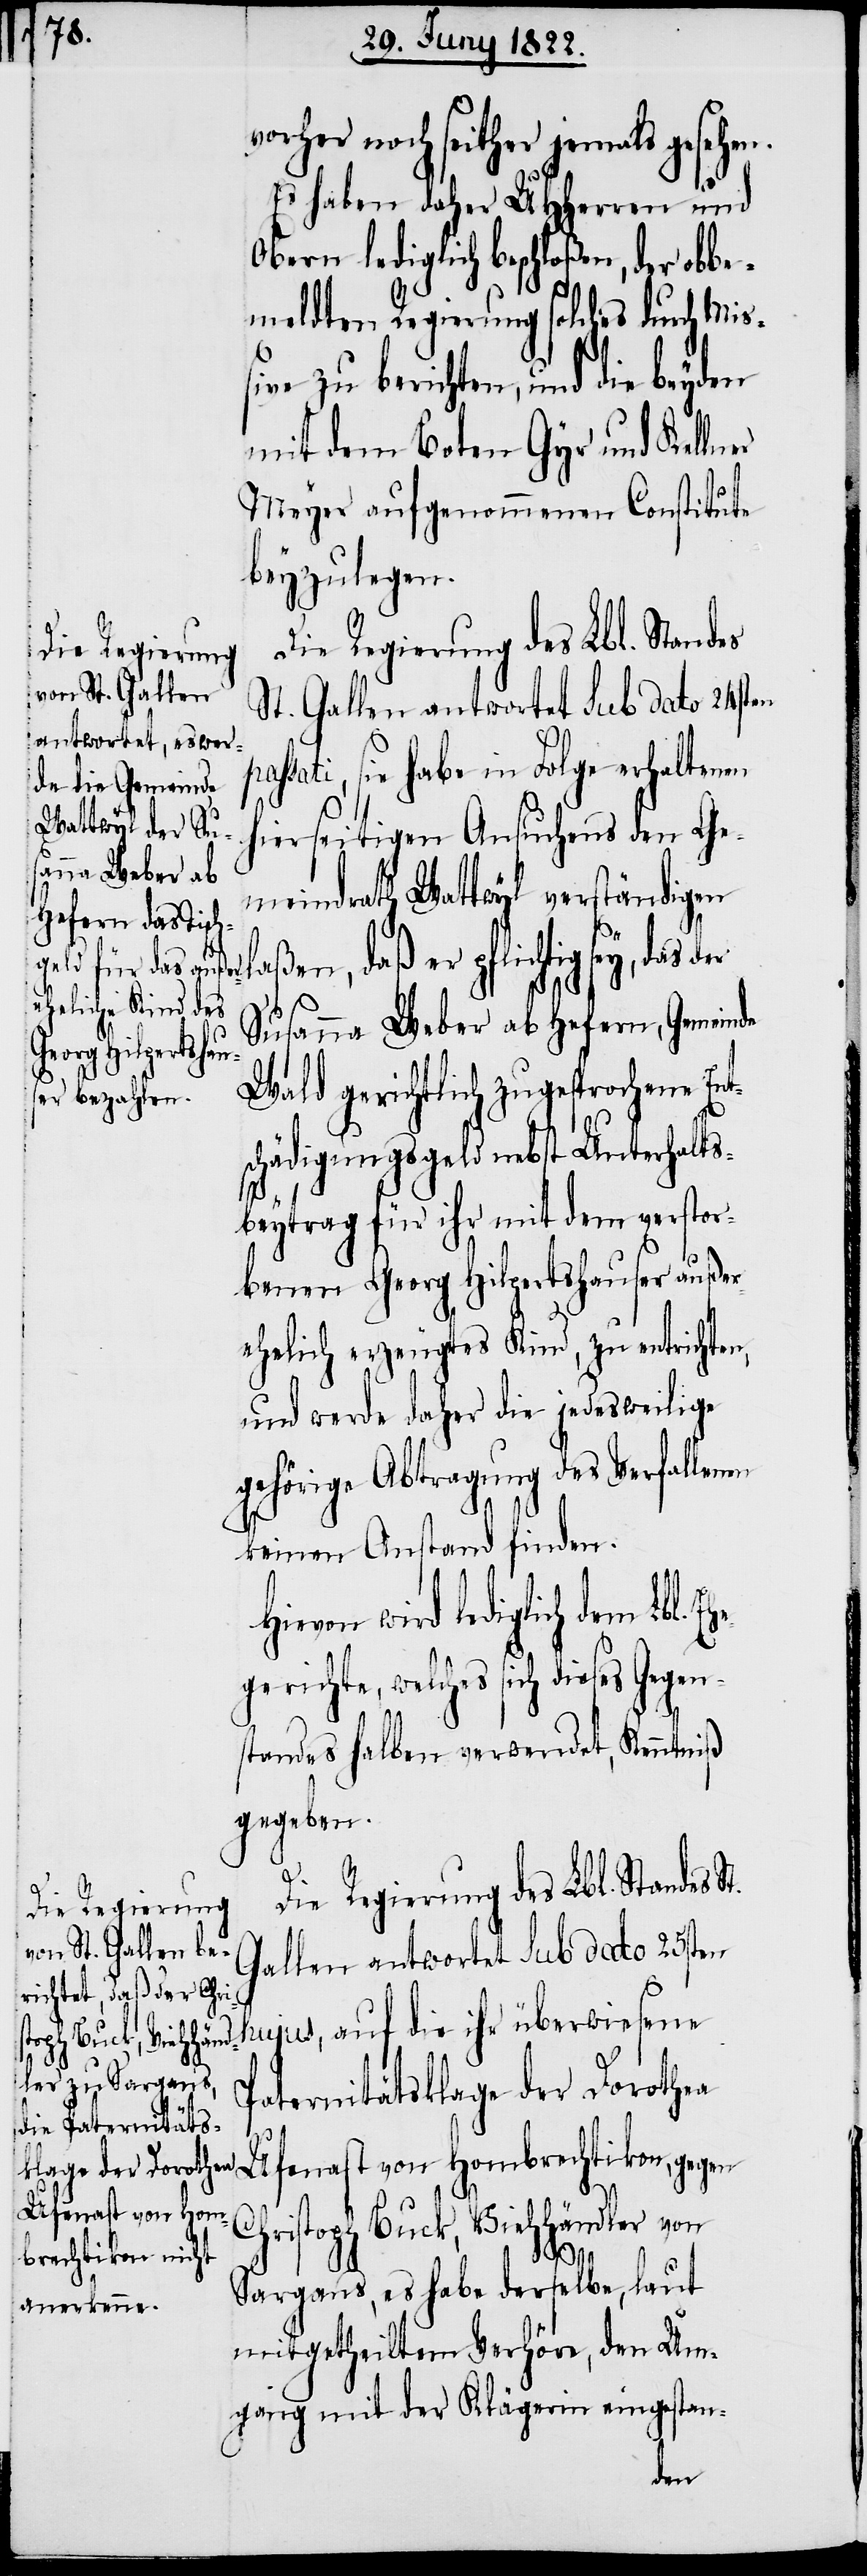
vorher noch seither jemals gesehen.
Es haben daher UHHerren und
Obern lediglich beschloßen, der obbe¬
meldten Regierung solches durch Miß¬
ive zu berichten, und die beyden
mit dem Boten Gyr und Kellner
Meyer aufgenommenen Constitute
beyzulegen.
Die Regierung des Lbl. Standes
St. Gallen antwortet sub dato 24sten
ssati, sie habe in Folge erhaltenen
hierseitigen Ansuchens den Ge¬
meindrath Wattwyl verständigen
sey, das der
Susanna Weber ab Hefern, Gemeinde
Wald gerichtlich zugesprochene Ent¬
schädigungsgeld nebst Unterhalts¬
beytrag für ihr mit dem verstor¬
benen Georg Hilpertshauser außer¬
ehelich erzeugtes Kind, zu entrichten,
und werde daher die jedesweilige
gehörige Abtragung des Verfallenen
keinen Anstand finden.
Hievon wird lediglich dem Lbl.
welches sich dieses Gegen¬
standes halben verwendet, Kenntniß
gegeben.
pa¬
Die Regierung des Lbl. Standes St.
Gallen antwortet Sub dato 25sten
hujus, auf die ihr überwiesene
Paternitätsklage der Dorothea
Ufenast von Hombrechtikon, gegen
Christoph Buck, Viehhändler von
Sargans, es habe derselbe, laut
mitgetheiltem Verhöre, den Um¬
gang mit der Klägerin eingestan-